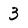
Character: 3